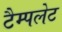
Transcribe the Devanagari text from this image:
टैम्पलेट